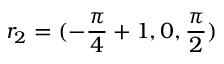
r _ { 2 } = ( - \frac { \pi } { 4 } + 1 , 0 , \frac { \pi } { 2 } )